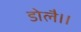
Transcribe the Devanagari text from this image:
डोलै।।